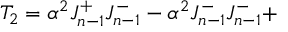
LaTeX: T _ { 2 } = \alpha ^ { 2 } J _ { n - 1 } ^ { + } J _ { n - 1 } ^ { - } - \alpha ^ { 2 } J _ { n - 1 } ^ { - } J _ { n - 1 } ^ { - } +